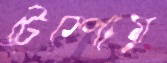
টেম্পোয়